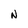
Character: N